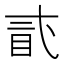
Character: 𥄽